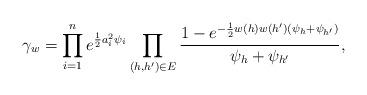
LaTeX: \begin{align*} \gamma_w = \prod_{i=1}^n e^{\frac 12 a_i^2\psi_i} \prod_{(h,h')\in E} \frac{1 - e^{-\frac 12 w(h)w(h')(\psi_h + \psi_{h'})}}{\psi_h + \psi_{h'}}, \end{align*}